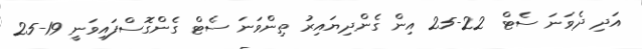
އަދި ދެވަނަ ސެޓް 22-25 އިން ގެންދިޔައިރު ތިންވަނަ ސެޓް ގެންގޮސްފައިވަނީ 19-25